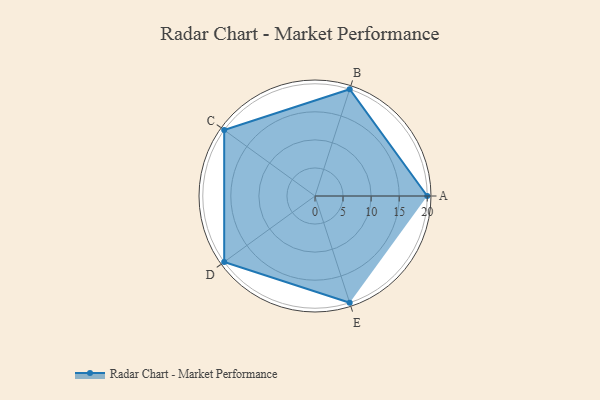
{"axis": {"x": "Skill", "y": "Score"}, "legend": ["Profile"], "data": [{"x": "A", "y": 20.0, "type": "Profile"}, {"x": "B", "y": 20, "type": "Profile"}, {"x": "C", "y": 20, "type": "Profile"}, {"x": "D", "y": 20, "type": "Profile"}, {"x": "E", "y": 20, "type": "Profile"}]}